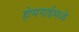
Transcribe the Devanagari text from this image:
होमगार्डमध्ये